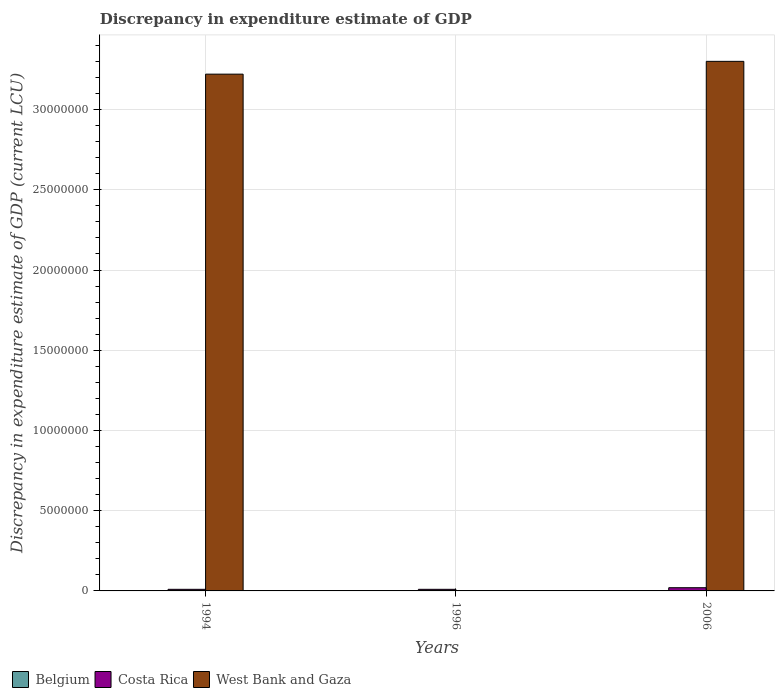
| Years | Belgium | Costa Rica | West Bank and Gaza |
 | --- | --- | --- | --- |
 | 1994 | -1.21e+08 | 1e+05 | 3.22e+07 |
 | 1996 | -1e+06 | 1e+05 | -4.94e+07 |
 | 2006 | -1e+06 | 2e+05 | 3.3e+07 |